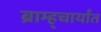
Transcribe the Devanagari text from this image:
ब्राम्ह्चार्यांत